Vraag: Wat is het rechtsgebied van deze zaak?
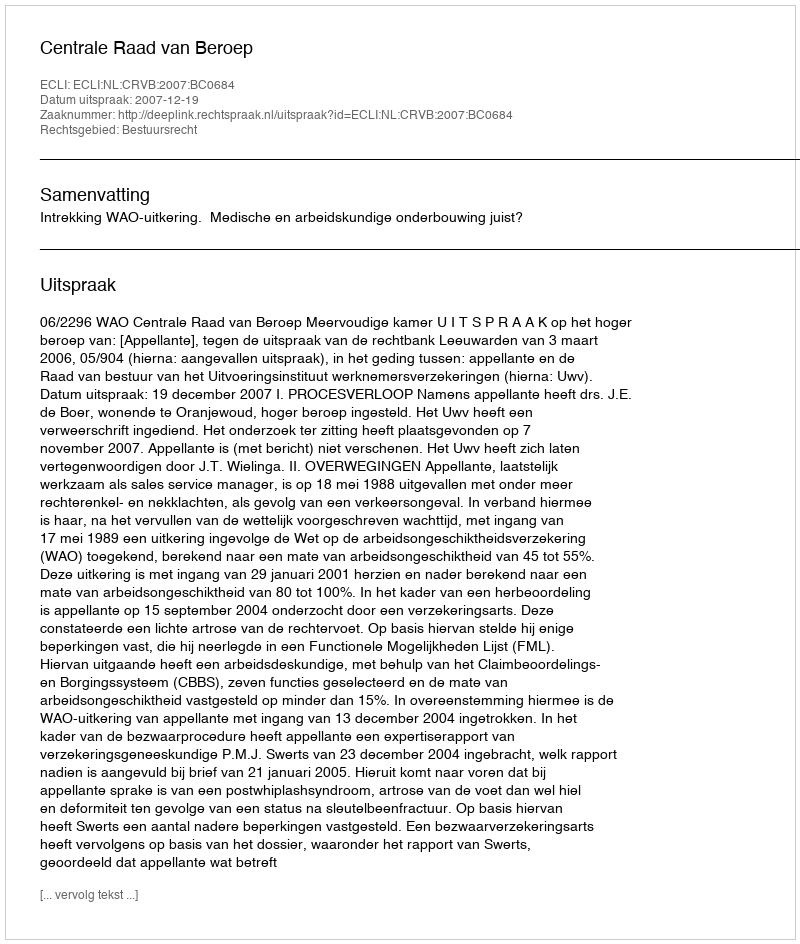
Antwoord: Bestuursrecht